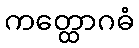
ကတ္ထောဂဓံ